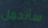
سأتحمل